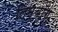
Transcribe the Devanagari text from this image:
लिम्बॉग